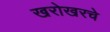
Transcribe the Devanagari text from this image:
खरोखरचे